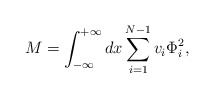
\begin{align*}M = \int_{-\infty}^{+\infty} dx \sum_{i=1}^{N-1} v_{i}\Phi_{i}^{2},\end{align*}